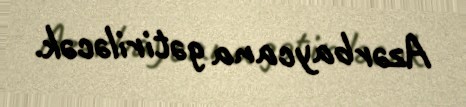
Azərbaycana gətiriləcək.